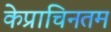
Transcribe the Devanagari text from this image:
केप्राचिनतम